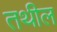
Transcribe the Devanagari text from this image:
तथील